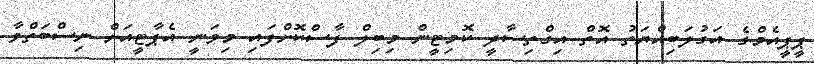
ޕީޕީއެމްގެ އަގުލަބިއްޔަތު އޮތް އިގްތިސާދީ ކޮމިޓީން މިބިލް ފާސްކޮށްފައި މިވަނީ އެޕާޓީއަށް ނިސްބަތްވާ